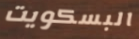
البسكويت